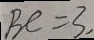
B C = 3 ,